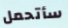
سأتحمل